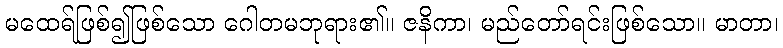
မထေရ်ဖြစ်၍ဖြစ်သော ဂေါတမဘုရား၏။ ဇနိကာ၊ မည်တော်ရင်းဖြစ်သော။ မာတာ၊